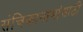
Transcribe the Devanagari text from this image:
संचिकानामांसाठी